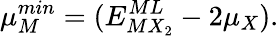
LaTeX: \mu_{M}^{min}=(E_{MX_{2}}^{ML}-2\mu_{X}).